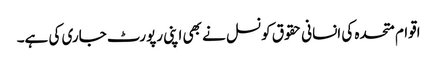
اقوام متحدہ کی انسانی حقوق کونسل نے بھی اپنی رپورٹ جاری کی ہے۔